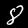
Label: 8